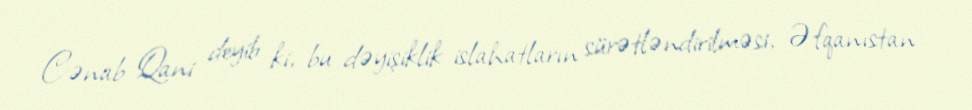
Cənab Qani deyib ki, bu dəyişiklik islahatların sürətləndirilməsi, Əfqanıstan